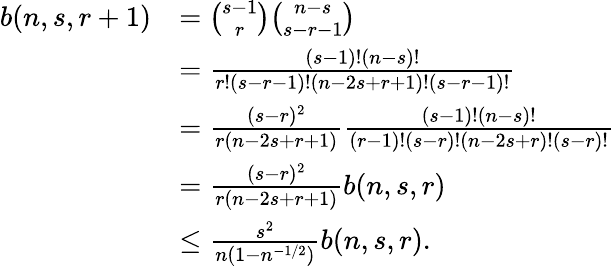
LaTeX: \begin{array}{rl}{b(n,s,r+1)}&{=\binom{s-1}{r}\binom{n-s}{s-r-1}}\\ &{=\frac{(s-1)!(n-s)!}{r!(s-r-1)!(n-2s+r+1)!(s-r-1)!}}\\ &{=\frac{(s-r)^{2}}{r(n-2s+r+1)}\frac{(s-1)!(n-s)!}{(r-1)!(s-r)!(n-2s+r)!(s-r)!}}\\ &{=\frac{(s-r)^{2}}{r(n-2s+r+1)}b(n,s,r)}\\ &{\leq\frac{s^{2}}{n(1-n^{-1/2})}b(n,s,r).}\end{array}